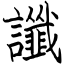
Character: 讖